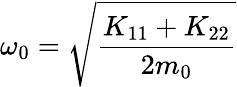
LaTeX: \omega_{0}=\sqrt{\frac{K_{11}+K_{22}}{2m_{0}}}